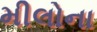
મીલોના